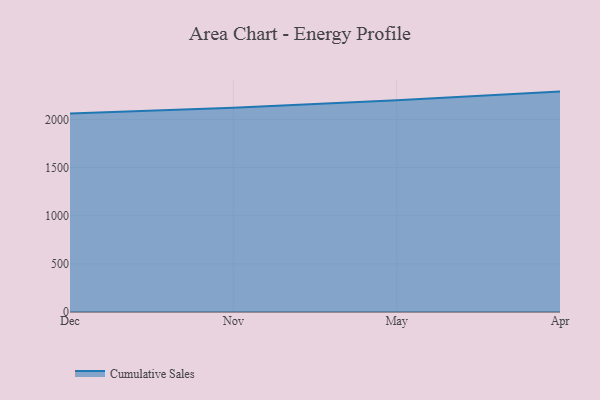
{"axis": {"x": "Month", "y": "Demand Index"}, "legend": ["Cumulative Sales"], "data": [{"x": "Dec", "y": 2060.6, "type": "Cumulative Sales"}, {"x": "Nov", "y": 2120.0, "type": "Cumulative Sales"}, {"x": "May", "y": 2199.6, "type": "Cumulative Sales"}, {"x": "Apr", "y": 2288.8, "type": "Cumulative Sales"}]}